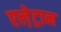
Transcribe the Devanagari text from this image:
एले़ट्रान